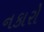
નકારો